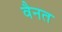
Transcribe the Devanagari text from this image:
वैनत